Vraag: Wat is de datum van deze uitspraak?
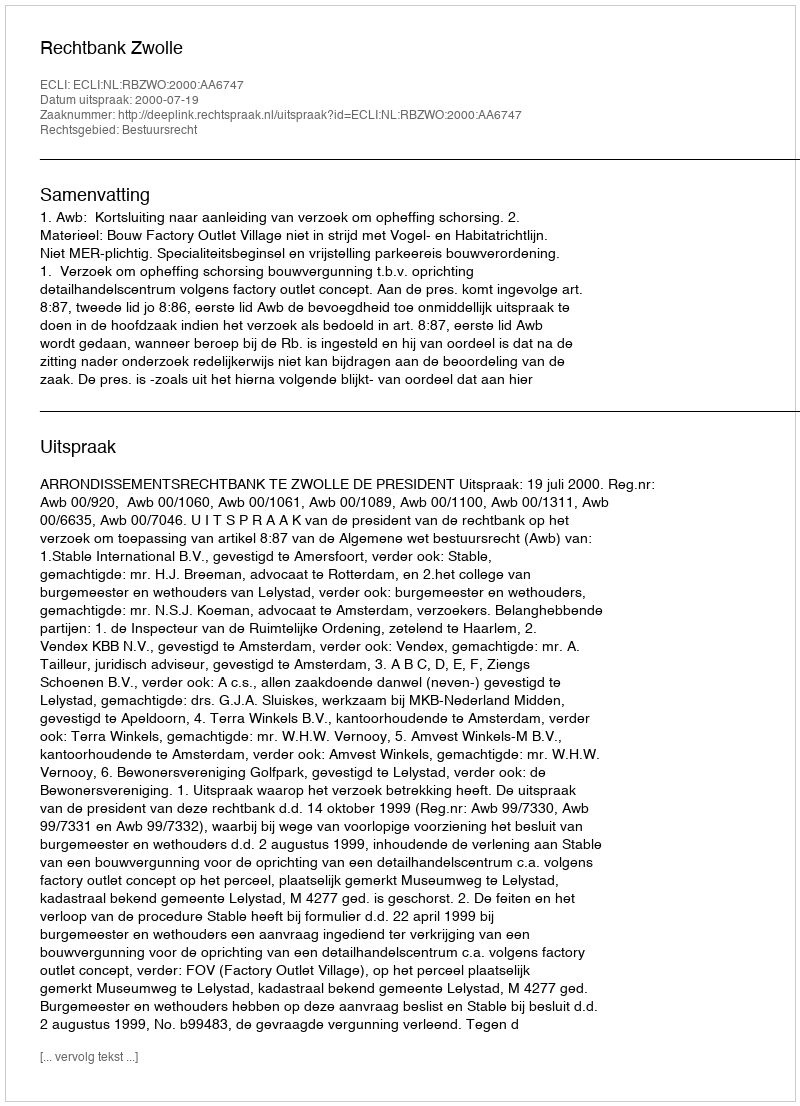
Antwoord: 2000-07-19